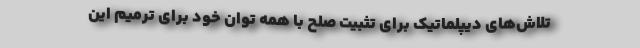
تلاش‌های دیپلماتیک برای تثبیت صلح با همه توان خود برای ترمیم این